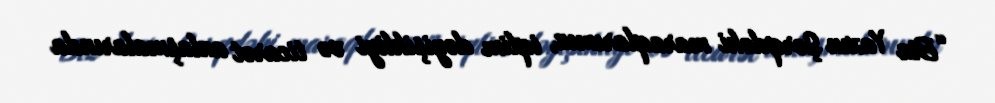
“Biz Yaxın Şərqdəki maraqlarımız, iqlim dəyişikliyi və ticarət anlaşmalarında